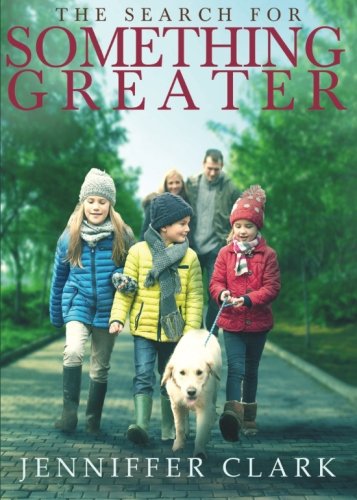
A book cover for The Search For Something Greater; Jenniffer Clark; Christian Books & Bibles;